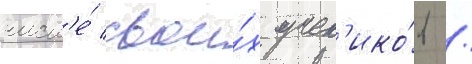
числ'е́ свои́х учен'ико́в /